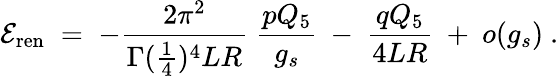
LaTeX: {\cal E}_{\mathrm{ren}}\; =\; -{\frac{2\pi^{2}}{\Gamma({\frac{1}{4}})^{4}LR}}\; {\frac{pQ_{5}}{g_{s}}}\ -\ {\frac{qQ_{5}}{4LR}}\ +\ o(g_{s})\ .